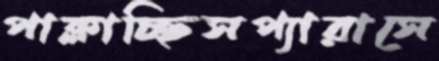
পাক্‌লাচ্ছিসপ্যারাসে